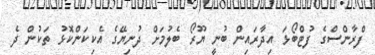
ފްރާންސްގެ ފުޓްބޯޅަ އިދާރައިން ބުނީ ޔޫރޯ ބެލުމަށް ދުނިޔޭގެ އެކިކަންކޮޅު ތަކުން ދެ